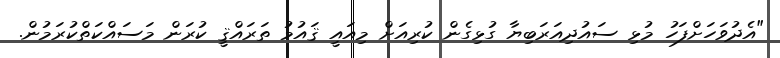
"އެދުވަހަށްފަހު މުޅި ސައުދިއަރަބިޔާ ގުޅިގެން ކުރިއަށް މިއައީ ޤައުމު ތަރައްޤީ ކުރަން މަސައްކަތްކުރަމުން.